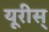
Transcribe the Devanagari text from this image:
यूरीस्